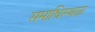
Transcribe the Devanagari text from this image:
समाधिस्‍थळ